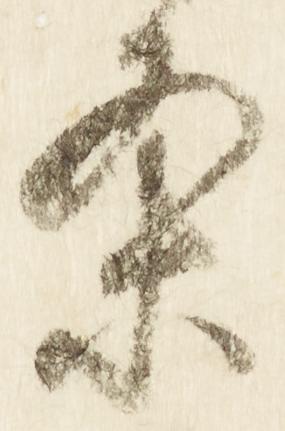
条